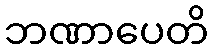
ဘဏာပေတိ